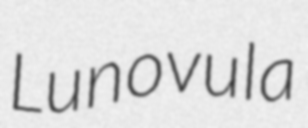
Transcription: Lunovula